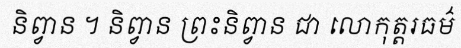
និព្វាន ។ និព្វាន ព្រះនិព្វាន ជា លោកុត្តរធម៌